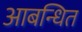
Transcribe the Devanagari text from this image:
आबन्धित